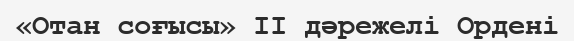
«Отан соғысы» ІІ дәрежелі Ордені